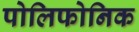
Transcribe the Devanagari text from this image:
पोलिफोनिक